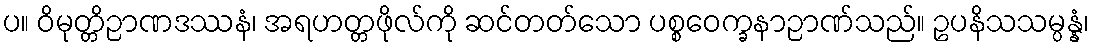
ပ။ ဝိမုတ္တိဉာဏဒဿနံ၊ အရဟတ္တဖိုလ်ကို ဆင်တတ်သော ပစ္စဝေက္ခနာဉာဏ်သည်။ ဥပနိသသမ္ပန္နံ၊